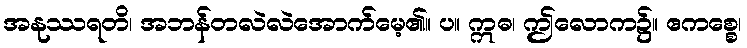
အနုဿရတိ၊ အဘန်တလဲလဲအောက်မေ့၏။ ပ။ ဣဓ၊ ဤလောက၌။ ဧကစ္စေ၊